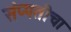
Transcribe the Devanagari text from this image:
संप्पतीचा